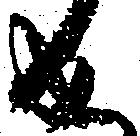
成